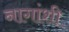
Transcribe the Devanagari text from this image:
नागांशी